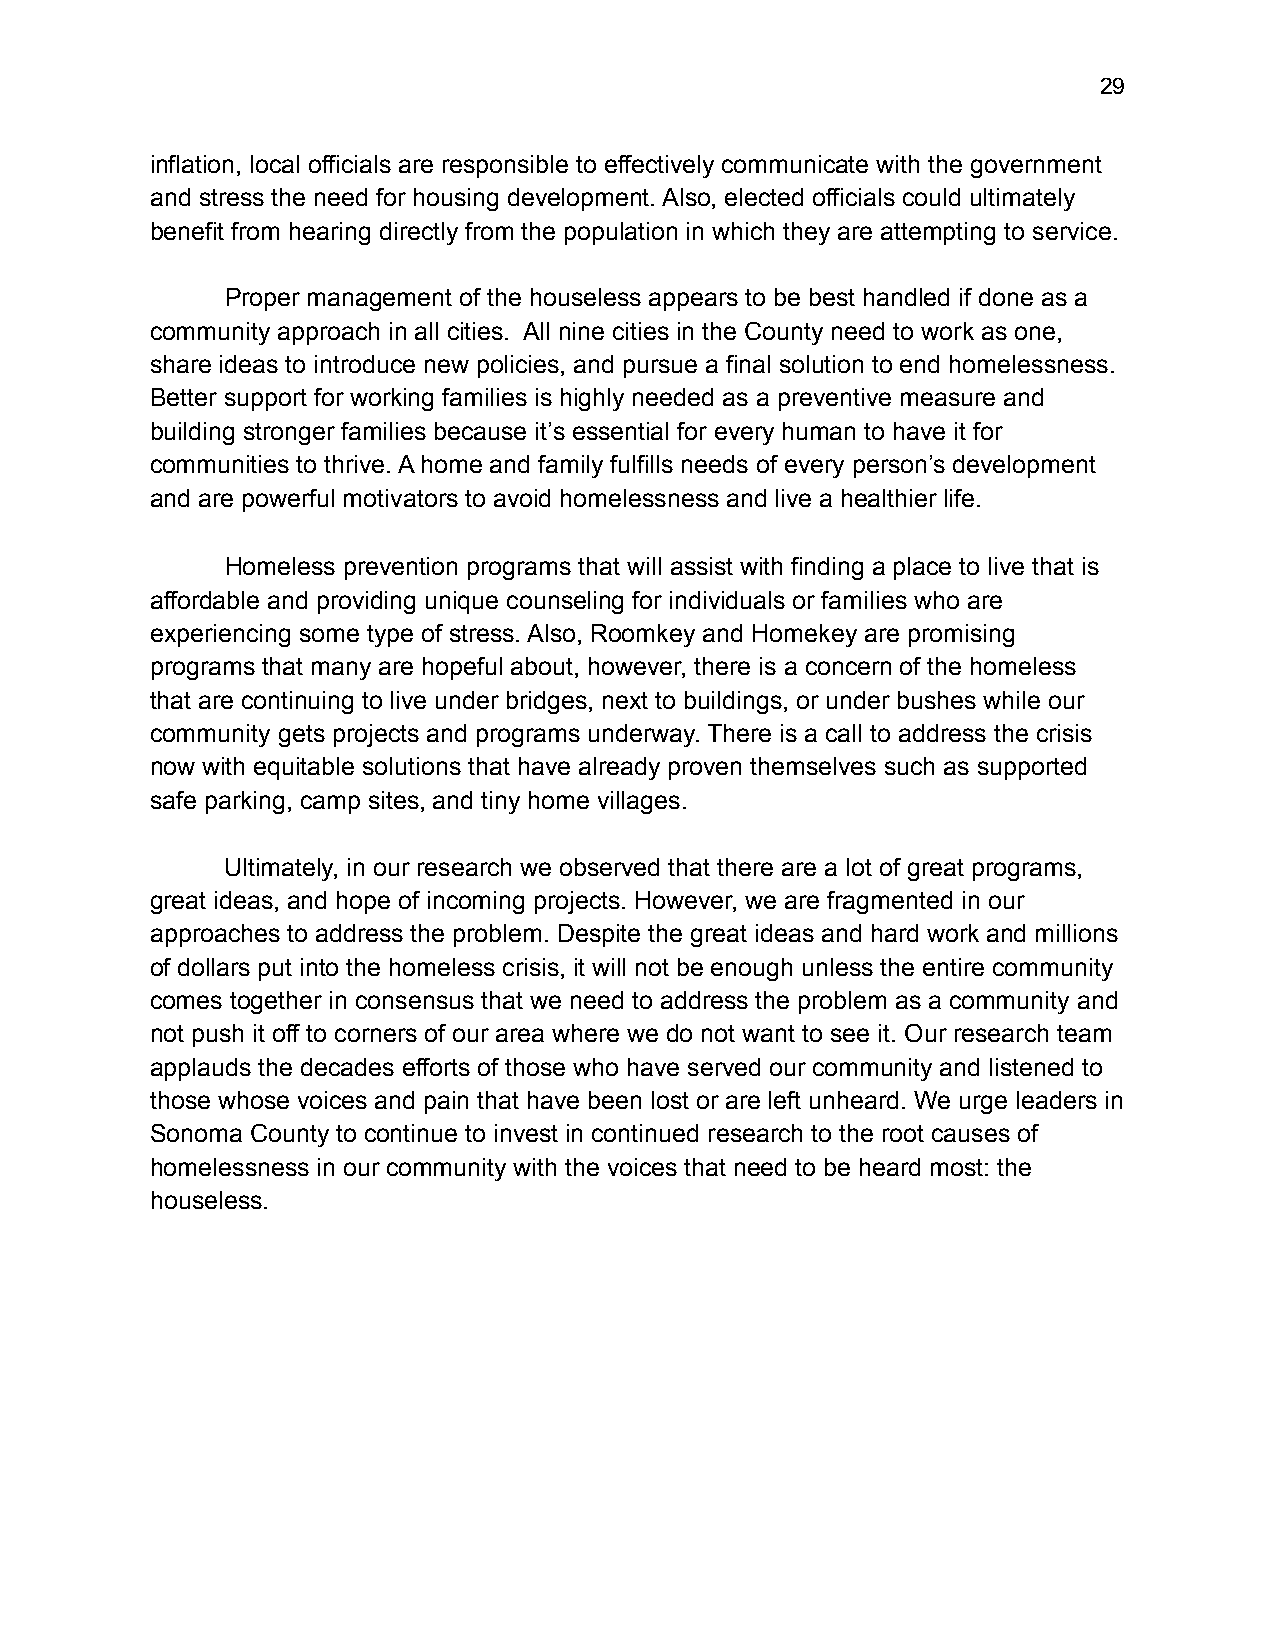
!29
 inflation, local officials are responsible to effectively communicate with the government
 and stress the need for housing development. Also, elected officials could ultimately
 benefit from hearing directly from the population in which they are attempting to service.
 Proper management of the houseless appears to be best handled if done as a
 community approach in all cities. All nine cities in the County need to work as one,
 share ideas to introduce new policies, and pursue a final solution to end homelessness.
 Better support for working families is highly needed as a preventive measure and
 building stronger families because it’s essential for every human to have it for
 communities to thrive. A home and family fulfills needs of every person’s development
 and are powerful motivators to avoid homelessness and live a healthier life.
 Homeless prevention programs that will assist with finding a place to live that is
 affordable and providing unique counseling for individuals or families who are
 experiencing some type of stress. Also, Roomkey and Homekey are promising
 programs that many are hopeful about, however, there is a concern of the homeless
 that are continuing to live under bridges, next to buildings, or under bushes while our
 community gets projects and programs underway. There is a call to address the crisis
 now with equitable solutions that have already proven themselves such as supported
 safe parking, camp sites, and tiny home villages.
 Ultimately, in our research we observed that there are a lot of great programs,
 great ideas, and hope of incoming projects. However, we are fragmented in our
 approaches to address the problem. Despite the great ideas and hard work and millions
 of dollars put into the homeless crisis, it will not be enough unless the entire community
 comes together in consensus that we need to address the problem as a community and
 not push it off to corners of our area where we do not want to see it. Our research team
 applauds the decades efforts of those who have served our community and listened to
 those whose voices and pain that have been lost or are left unheard. We urge leaders in
 Sonoma County to continue to invest in continued research to the root causes of
 homelessness in our community with the voices that need to be heard most: the
 houseless.